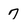
Character: 7